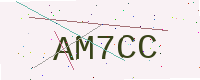
Text: AM7CC